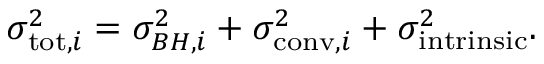
\sigma _ { \mathrm { t o t } , i } ^ { 2 } = \sigma _ { B H , i } ^ { 2 } + \sigma _ { \mathrm { c o n v } , i } ^ { 2 } + \sigma _ { \mathrm { i n t r i n s i c } } ^ { 2 } .